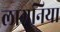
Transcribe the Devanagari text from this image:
लागुनिया